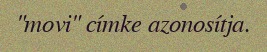
"movi" címke azonosítja.